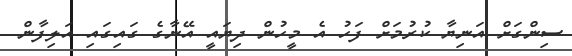
ސިންގަށް އަނިޔާ ކުރުމަށް ފަހު އެ މީހުން ދިޔައީ އޭނާގެ ގައިގައި އަލިފާން